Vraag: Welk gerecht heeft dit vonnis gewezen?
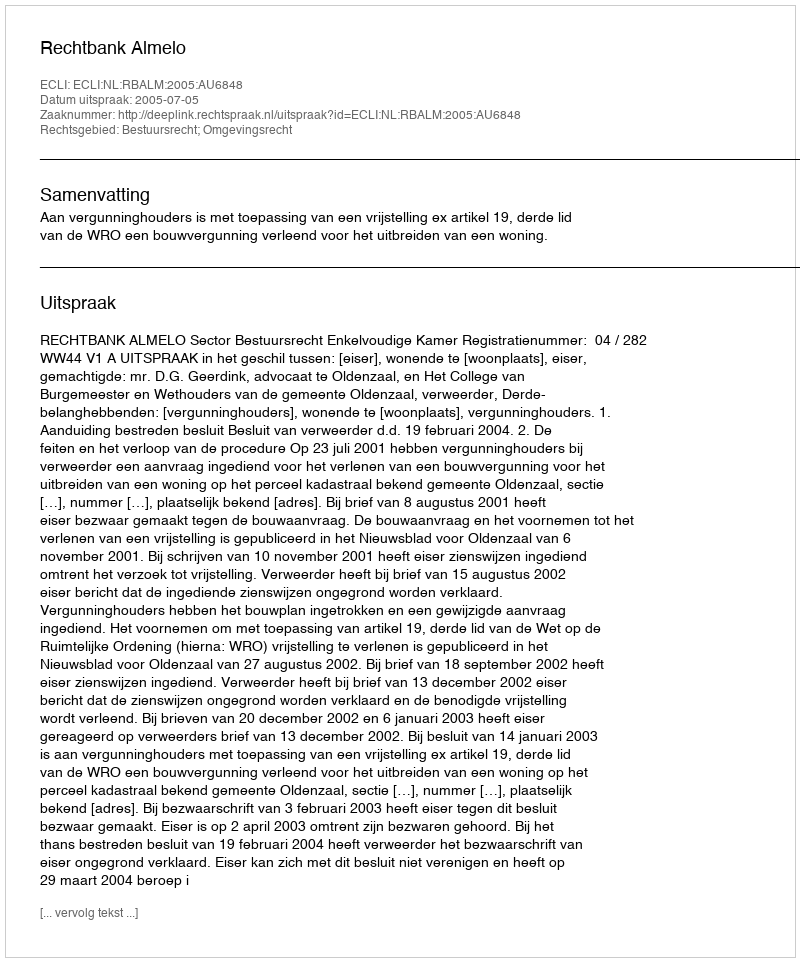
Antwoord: Rechtbank Almelo